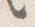
言